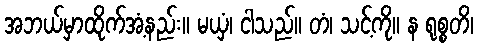
အဘယ်မှာထိုက်အံ့နည်း။ မယှံ၊ ငါသည်။ တံ၊ သင့်ကို။ န ရုစ္စတိ၊